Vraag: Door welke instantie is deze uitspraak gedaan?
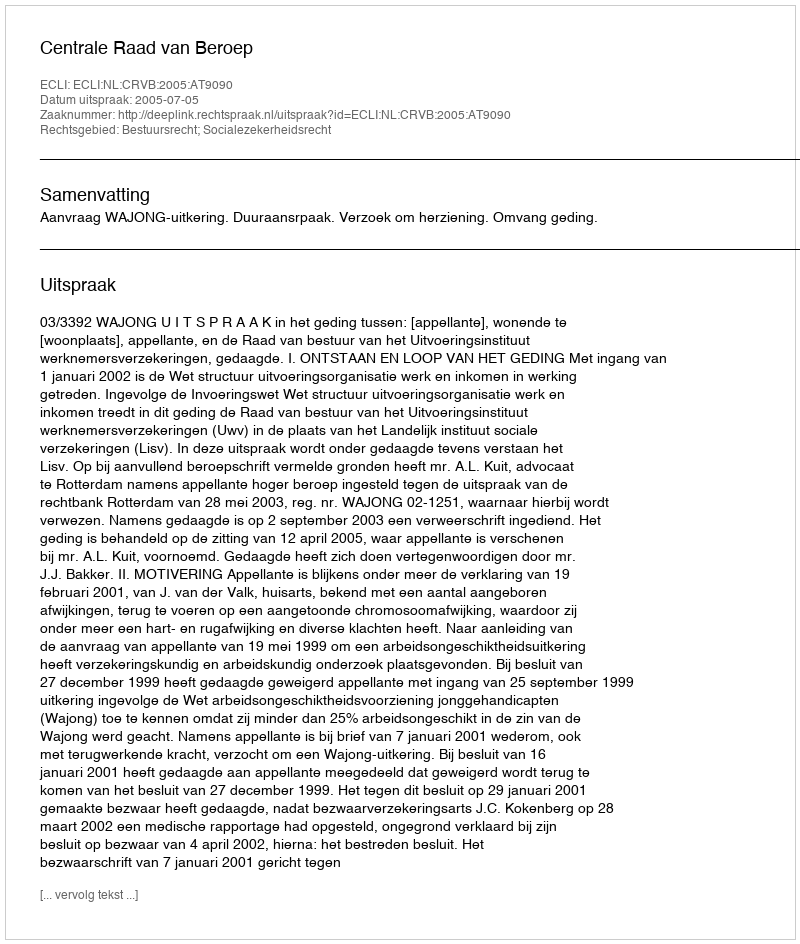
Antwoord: Centrale Raad van Beroep